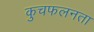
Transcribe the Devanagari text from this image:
कुचफलनता